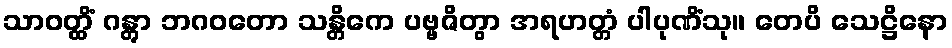
သာဝတ္ထိံ ဂန္တွာ ဘဂဝတော သန္တိကေ ပဗ္ဗဇိတွာ အရဟတ္တံ ပါပုဏိံသု။ တေပိ သေဋ္ဌိနော